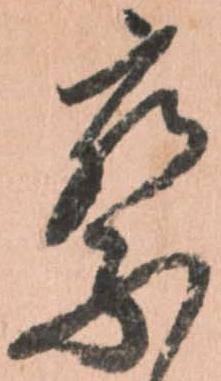
察